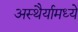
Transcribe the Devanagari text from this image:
अस्थैर्यामध्ये